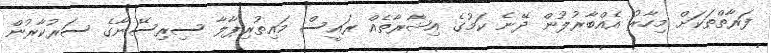
ފަރާތްތަކަށް މިހާރު އެއްބާރުލުން ދޭނެ ކަމުގެ އިޝާރާތެއް ރައީސް މައިތުރިޕާލާ ސިރިސޭނާގެ ސަރުކާރުން